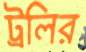
ট্রলির